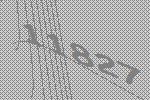
11827